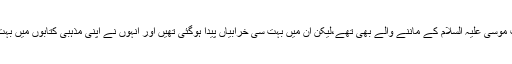
ان میں کچھ لوگ حضرت عیسیٰ علیہ السلام اور حضرت موسیٰ علیہ السلام کے ماننے والے بھی تھے،لیکن ان میں بہت سی خرابیاں پیدا ہوگئی تھیں اور انہوں نے اپنی مذہبی کتابوں میں بہت سی بے اصل باتیں اپنے دل میں گھڑ کر ملا دی تھیں۔